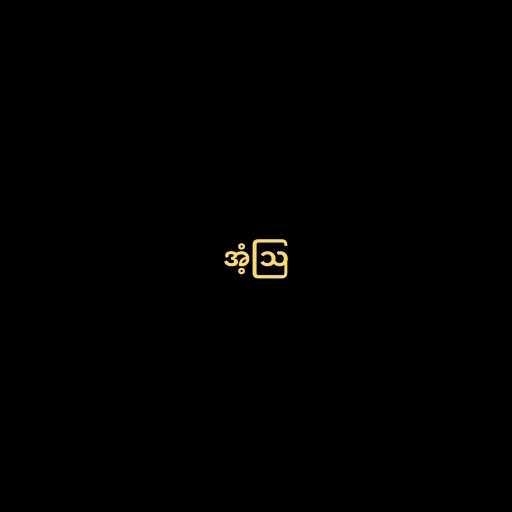
အံ့ဩ